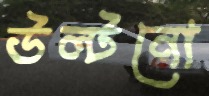
উল্‌টনো